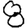
Digit: 8